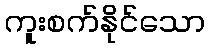
ကူးစက်နိုင်သော